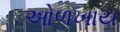
ઓળખાય